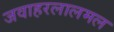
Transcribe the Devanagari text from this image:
जवाहरलालमल